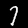
Digit: 7